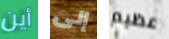
أين إلى عظيم